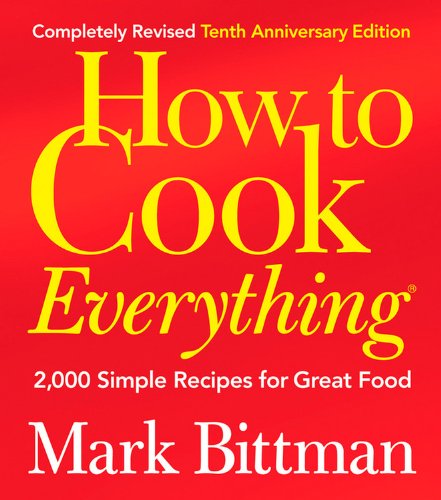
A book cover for How to Cook Everything (Completely Revised 10th Anniversary Edition): 2,000 Simple Recipes for Great Food; Mark Bittman; Cookbooks, Food & Wine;